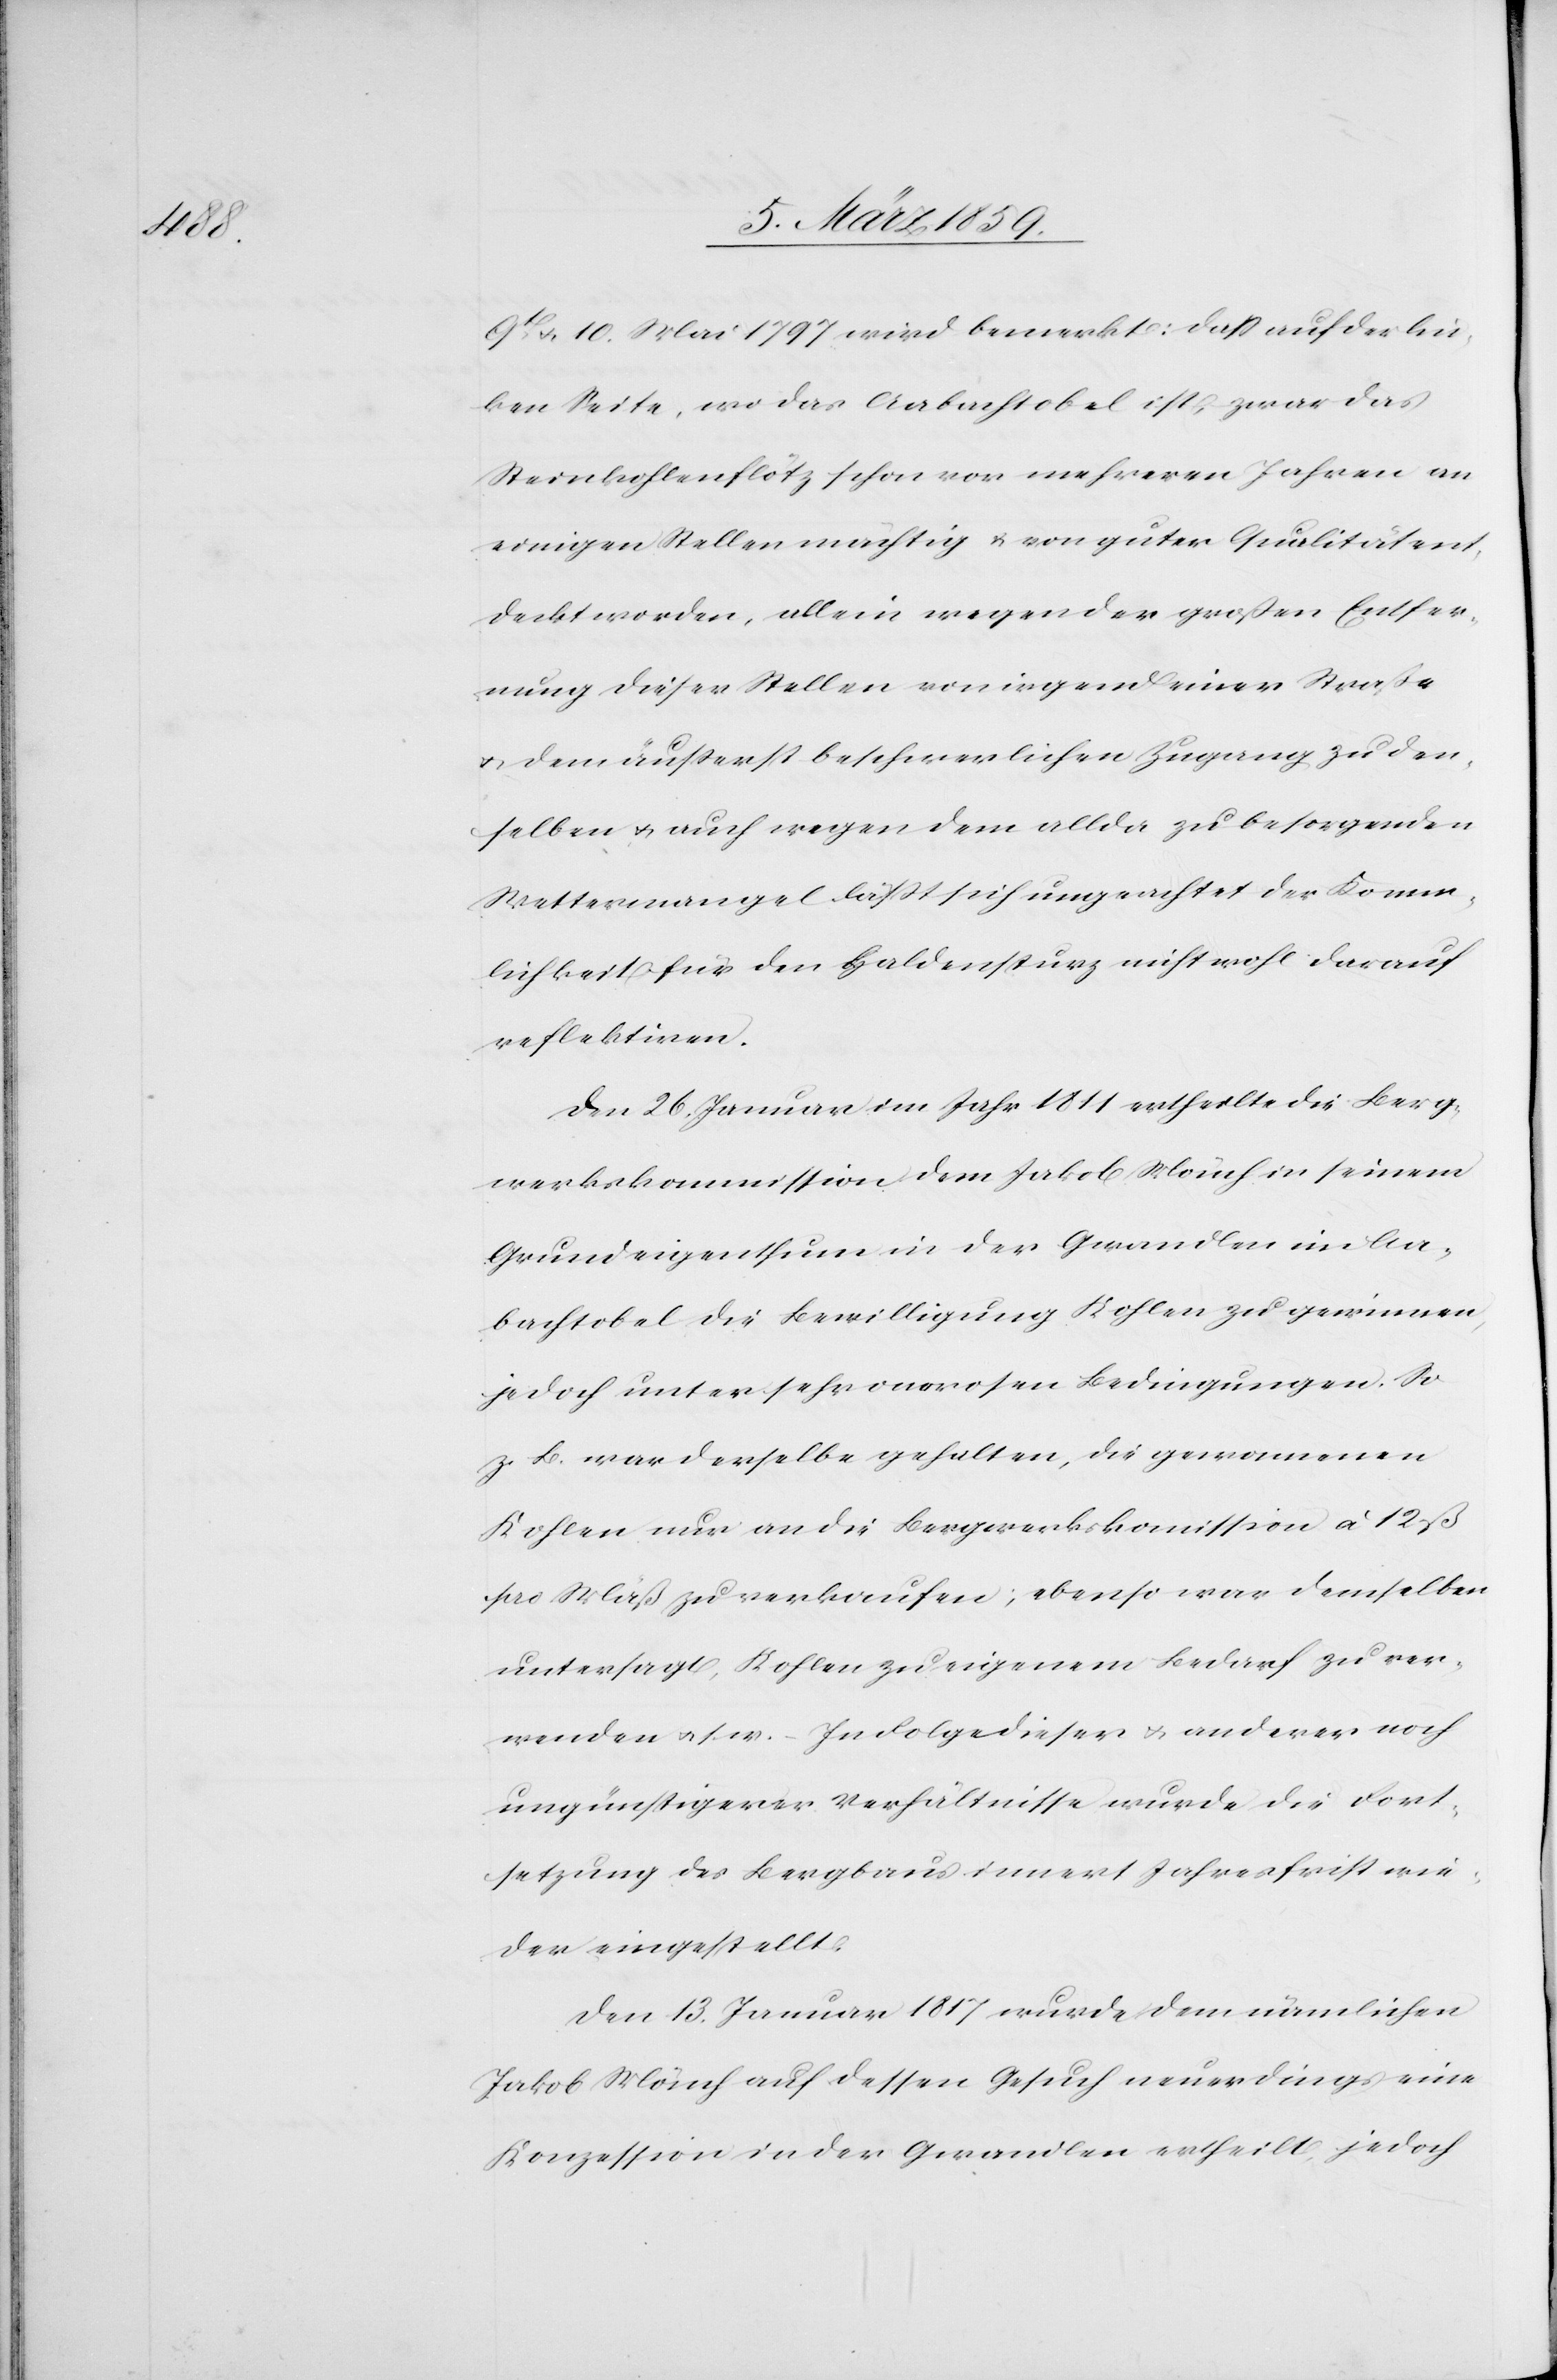
9t. u. 10. Mai 1797 wird bemerkt: daß auf der lin¬
ken Seite, wo das Aabachtobel ist, zwar das
Steinkohlenflötz schon vor mehreren Jahren an
einigen Stellen mächtig u. von guter Qualität ent¬
deckt worden, allein wegen der großen Entfer¬
nung dieser Stellen von irgend einer Straße
u. dem äußerst beschwerlichen Zugang zu den¬
selben u. auch wegen dem allda zu besorgenden
Wettermangel läßt sich ungeachtet der Komm¬
lichkeit für den Haldensturz nicht wohl darauf
reflektiren.
Den 26. Januar im Jahr 1811 ertheilte die Berg¬
werkskommission dem Jakob Mönch in seinem
Grundeigenthum in der Gwandlen im Aa¬
bachtobel die Bewilligung Kohlen zu gewinnen,
jedoch unter sehr onorosen Bedingungen. So
z. B. war derselbe gehalten, die gewonnenen
Kohlen nur an die Bergwerkskomission à 12 ß
pro Mäß zu verkaufen; ebenso war demselben
untersagt, Kohlen zu eigenem Bedarf zu ver¬
wenden u. s. w. In Folge dieser u. anderer noch
ungünstigerer Verhältnisse wurde die Fort¬
setzung des Bergbaus innert Jahresfrist wie¬
der eingestellt.
Den 13. Januar 1817 wurde dem nämlichen
Jakob Mönch auf dessen Gesuch neuerdings eine
Konzession in der Gwandlen ertheilt, jedoch